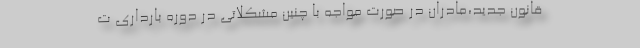
قانون جدید،مادران در صورت مواجه با چنین مشکلاتی در دوره بارداری ت